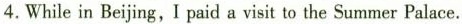
4.While in Beijing,I paid a visit to the Summer Palace.